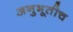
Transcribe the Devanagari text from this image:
अनुभूतीच